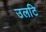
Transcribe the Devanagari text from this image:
उलटि